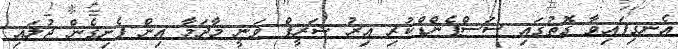
އެނގިފައިވާ ގޮތުގައި ސަސްޕެންޑްކުރި އިރު ޝަރީފް ވަނީ މާދަމާ އިން ފެށިގެން ޖުލައި